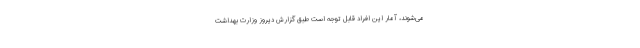
می‌شوند، آمار این افراد قابل توجه است طبق گزارش دیروز وزارت بهداشت